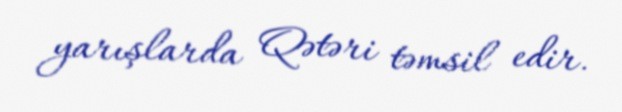
yarışlarda Qətəri təmsil edir.